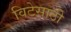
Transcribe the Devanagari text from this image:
विटेसाठी